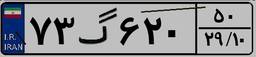
۹۴گ۸۰۶۹۵